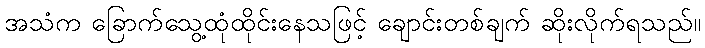
အသံက ခြောက်သွေ့ထုံထိုင်းနေသဖြင့် ချောင်းတစ်ချက် ဆိုးလိုက်ရသည်။